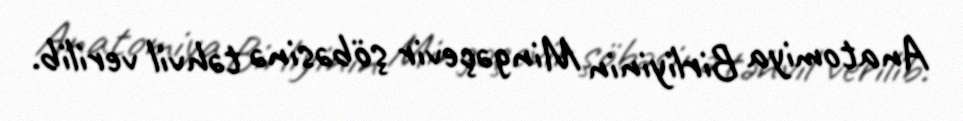
Anatomiya Birliyinin Mingəçevir şöbəsinə təhvil verilib.